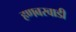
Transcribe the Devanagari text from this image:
हणबरवाडी